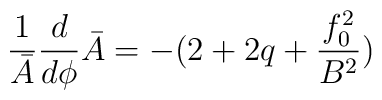
\frac{1}{\bar{A}} \frac{d}{d \phi} \bar{A} = - ( 2 + 2q+ \frac{f_0^2 }{B^2} )